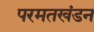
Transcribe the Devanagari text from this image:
परमतखंडन